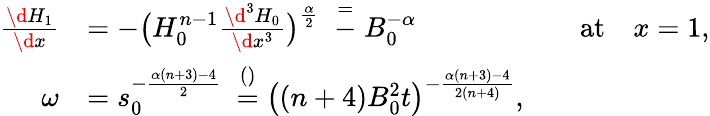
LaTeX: \begin{array}{rlrl}{\frac{\d H_{1}}{\d x}}&{=-\big(H_{0}^{n-1}\frac{\d^{3}H_{0}}{\d x^{3}}\big)^{\frac\alpha 2}\ \stackrel=-B_{0}^{-\alpha}}&&{\mathrm{at}\quad x=1,}\\ {\omega}&{=s_{0}^{-\frac{\alpha(n+3)-4}{2}}\ \stackrel{()}=\big((n+4)B_{0}^{2}t\big)^{-\frac{\alpha(n+3)-4}{2(n+4)}},}\end{array}